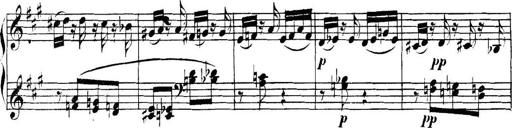
Title: Collected Piano Sonatas
Composer: Muzio Clementi